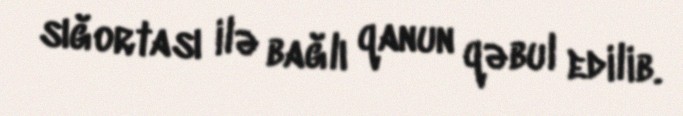
sığortası ilə bağlı qanun qəbul edilib.